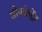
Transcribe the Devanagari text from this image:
सीक्वेस्ट्रेंट